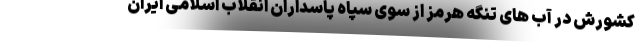
کشورش در آب های تنگه هرمز از سوی سپاه پاسداران انقلاب اسلامی ایران